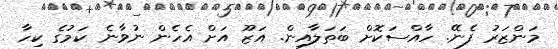
މަންޒަރު ފެނޭ. ހާއްސަކޮށް ބަތަލާއިން. އަޒޫ އަށް އެހެން ނުވާނެ ކަމުގެ ކިހާ